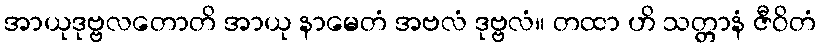
အာယုဒုဗ္ဗလတောတိ အာယု နာမေတံ အဗလံ ဒုဗ္ဗလံ။ တထာ ဟိ သတ္တာနံ ဇီဝိတံ